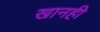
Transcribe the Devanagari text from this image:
खानही